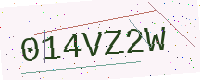
Text: 014VZ2W